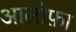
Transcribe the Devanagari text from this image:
आलोफ़ा